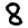
Digit: 8